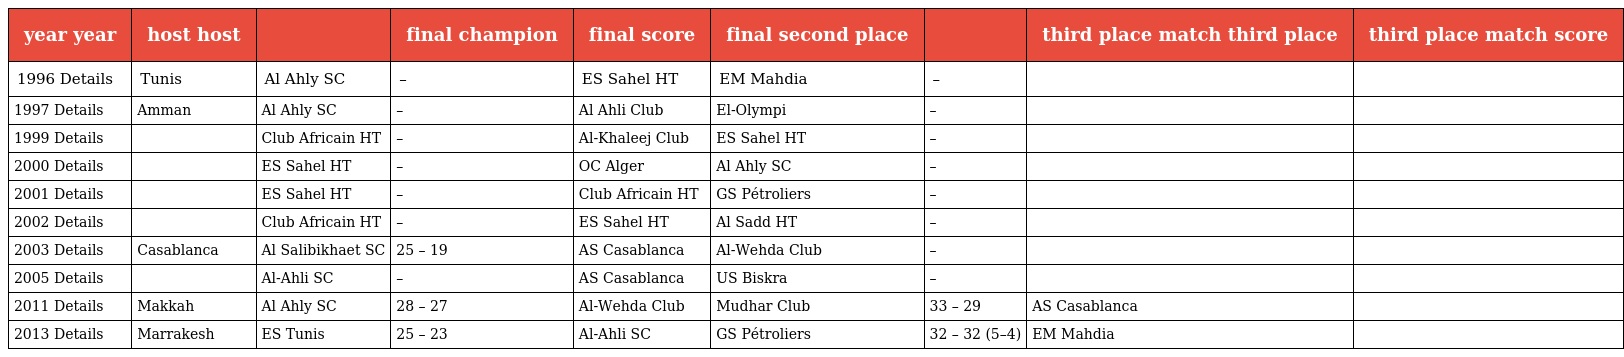
| year year | host host |  | final champion | final score | final second place |  | third place match third place | third place match score |
 | --- | --- | --- | --- | --- | --- | --- | --- | --- |
 | 1996 Details | Tunis | Al Ahly SC | – | ES Sahel HT | EM Mahdia | – |  |  |
 | 1997 Details | Amman | Al Ahly SC | – | Al Ahli Club | El-Olympi | – |  |  |
 | 1999 Details |  | Club Africain HT | – | Al-Khaleej Club | ES Sahel HT | – |  |  |
 | 2000 Details |  | ES Sahel HT | – | OC Alger | Al Ahly SC | – |  |  |
 | 2001 Details |  | ES Sahel HT | – | Club Africain HT | GS Pétroliers | – |  |  |
 | 2002 Details |  | Club Africain HT | – | ES Sahel HT | Al Sadd HT | – |  |  |
 | 2003 Details | Casablanca | Al Salibikhaet SC | 25 – 19 | AS Casablanca | Al-Wehda Club | – |  |  |
 | 2005 Details |  | Al-Ahli SC | – | AS Casablanca | US Biskra | – |  |  |
 | 2011 Details | Makkah | Al Ahly SC | 28 – 27 | Al-Wehda Club | Mudhar Club | 33 – 29 | AS Casablanca |  |
 | 2013 Details | Marrakesh | ES Tunis | 25 – 23 | Al-Ahli SC | GS Pétroliers | 32 – 32 (5–4) | EM Mahdia |  |